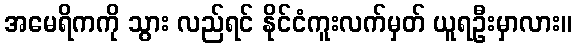
အမေရိကကို သွား လည်ရင် နိုင်ငံကူးလက်မှတ် ယူရဦးမှာလား။